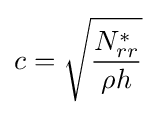
c={\sqrt {\frac {N_{rr}^{*}}{\rho h}}}